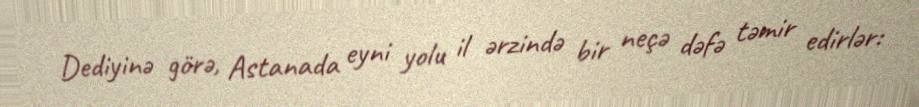
Dediyinə görə, Astanada eyni yolu il ərzində bir neçə dəfə təmir edirlər: